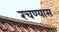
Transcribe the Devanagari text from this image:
रचण्यास